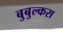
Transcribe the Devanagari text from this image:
बुबुल्कस